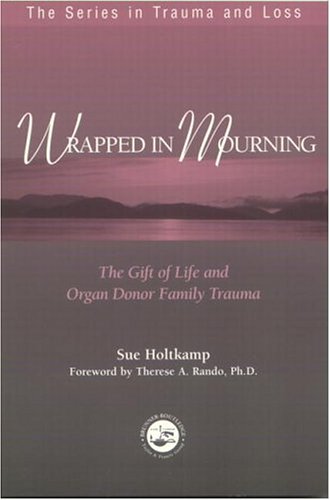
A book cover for Wrapped in Mourning: The Gift of Life and Donor Family Trauma (Series in Trauma and Loss); Sue Holtkamp; Medical Books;